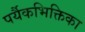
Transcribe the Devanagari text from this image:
पर्यैकभिक्तिका